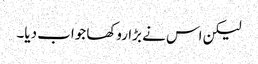
لیکن اس نے بڑا روکھا جواب دیا۔